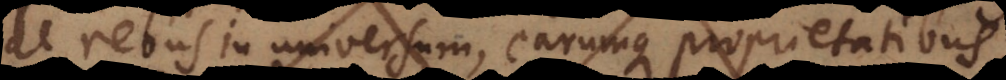
de rebus in universum, earumque proprietatibus;